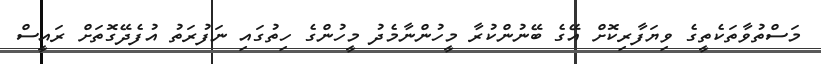
މަސްތުވާތަކެތީގެ ވިޔަފާރިކޮށް އޭގެ ބޭނުންކުރާ މީހުންނާމެދު މީހުންގެ ހިތުގައި ނަފުރަތު އުފެދޭގޮތަށް ރައީސް